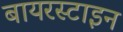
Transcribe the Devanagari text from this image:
बायरस्टाइन